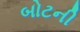
બોટની